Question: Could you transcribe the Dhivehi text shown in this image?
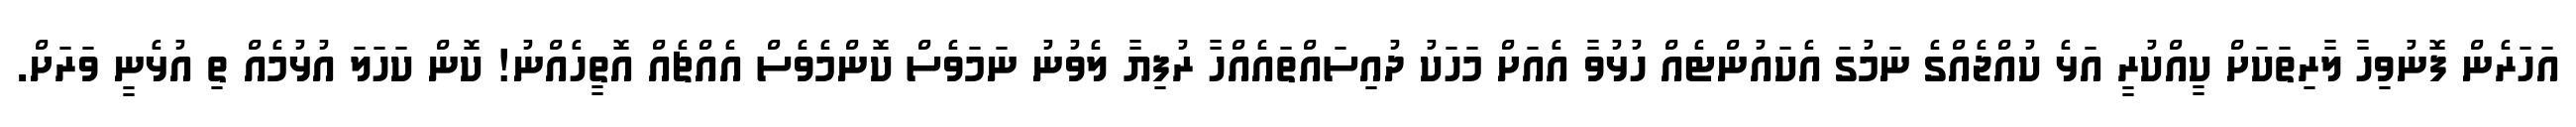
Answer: އަހަރެން ފޮނުވިހާ ލާރިތަކަށް ކީއްކުރީ އަޅެ ކުއްޖެއްގެ ނަމުގަ އެކައުންޓެއް ހުޅުވާ އެއަށް މަހަކު ދުއިސައްތައެއްހާ ރުފިޔާ ލެވުނު ނަމަވެސް ކޮންމެވެސް އެއްޗެއް އޮތީހެއްނު! ކޮން ކަހަލަ އުޅުމެއް ތި އުޅެނީ ވަރަށް.